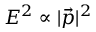
E ^ { 2 } \propto | { \vec { p } } | ^ { 2 }